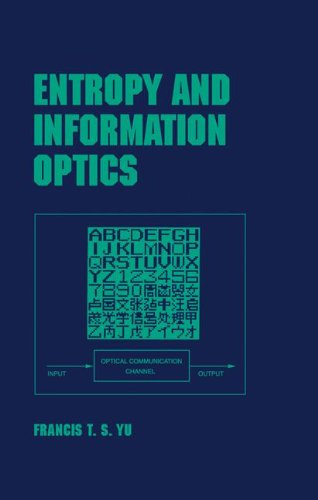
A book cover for Entropy and Information Optics (Optical Science and Engineering); Francis T.S. Yu; Science & Math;